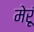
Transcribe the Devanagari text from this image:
मेरूं